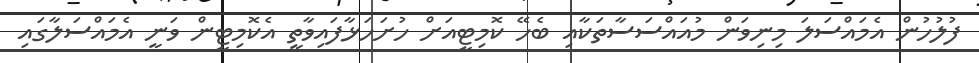
ފުލުހުން އެމައްސަލަ މިނިވަން މުއައްސަސާތަކާއި ބެހޭ ކޮމިޓީއަށް ހުށަހަޅާފައިވާތީ އެކޮމިޓީން ވަނީ އެމައްސަލާގައި